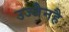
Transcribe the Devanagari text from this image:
उज्जैनहै